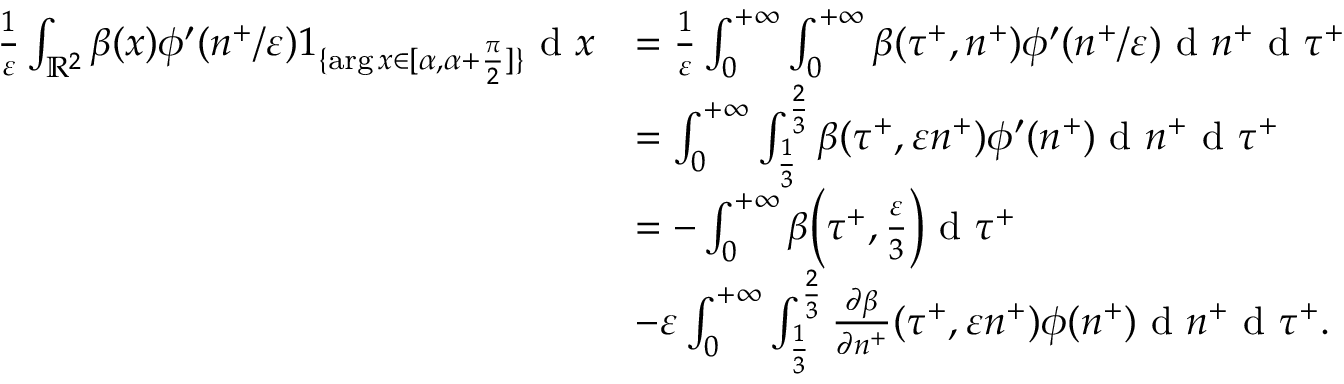
\begin{array} { r l } { \frac { 1 } { \varepsilon } \int _ { \mathbb { R } ^ { 2 } } \beta ( x ) \phi ^ { \prime } ( n ^ { + } / \varepsilon ) 1 _ { \{ \arg x \in [ \alpha , \alpha + \frac { \pi } { 2 } ] \} } \textrm { d } x } & { = \frac { 1 } { \varepsilon } \int _ { 0 } ^ { + \infty } \int _ { 0 } ^ { + \infty } \beta ( \tau ^ { + } , n ^ { + } ) \phi ^ { \prime } ( n ^ { + } / \varepsilon ) \textrm { d } n ^ { + } \textrm { d } \tau ^ { + } } \\ & { = \int _ { 0 } ^ { + \infty } \int _ { \frac { 1 } { 3 } } ^ { \frac { 2 } { 3 } } \beta ( \tau ^ { + } , \varepsilon n ^ { + } ) \phi ^ { \prime } ( n ^ { + } ) \textrm { d } n ^ { + } \textrm { d } \tau ^ { + } } \\ & { = - \int _ { 0 } ^ { + \infty } \beta \Big ( \tau ^ { + } , \frac { \varepsilon } { 3 } \Big ) \textrm { d } \tau ^ { + } } \\ & { - \varepsilon \int _ { 0 } ^ { + \infty } \int _ { \frac { 1 } { 3 } } ^ { \frac { 2 } { 3 } } \frac { \partial \beta } { \partial n ^ { + } } ( \tau ^ { + } , \varepsilon n ^ { + } ) \phi ( n ^ { + } ) \textrm { d } n ^ { + } \textrm { d } \tau ^ { + } . } \end{array}